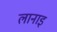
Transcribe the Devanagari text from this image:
लानाइ